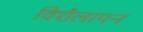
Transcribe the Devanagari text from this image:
विशैलापन